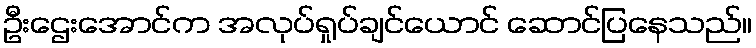
ဦးဌေးအောင်က အလုပ်ရှုပ်ချင်ယောင် ဆောင်ပြနေသည်။